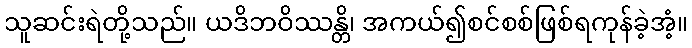
သူဆင်းရဲတို့သည်။ ယဒိဘဝိဿန္တိ၊ အကယ်၍စင်စစ်ဖြစ်ရကုန်ခဲ့အံ့။